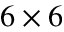
6 \times 6